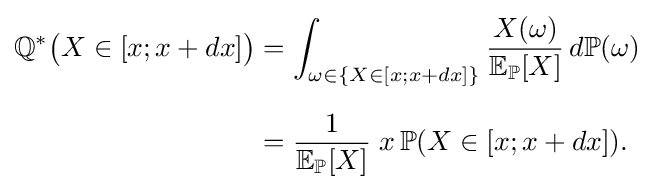
{\begin{aligned}\mathbb {Q} ^{*}{\big (}X\in [x;x+dx]{\big )}&=\int _{\omega \in \{X\in [x;x+dx]\}}{\frac {X(\omega )}{\mathbb {E} _{\mathbb {P} }[X]}}\,d\mathbb {P} (\omega )\\[6pt]&={\frac {1}{\mathbb {E} _{\mathbb {P} }[X]}}\;x\,\mathbb {P} (X\in [x;x+dx]).\end{aligned}}